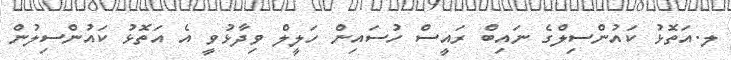
ލ.އަތޮޅު ކައުންސިލްގެ ނައިބް ރައީސް ހުސައިން ހަލީލް ވިދާޅުވީ އެ އަތޮޅު ކައުންސިލުން